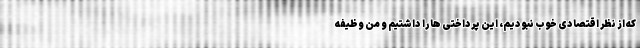
که از نظر اقتصادی خوب نبودیم، این پرداختی ها را داشتیم و من وظیفه